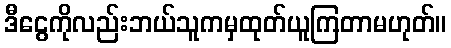
ဒီငွေကိုလည်းဘယ်သူကမှထုတ်ယူကြတာမဟုတ်။